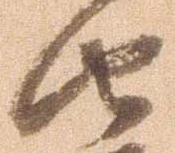
由